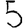
Digit: 5